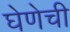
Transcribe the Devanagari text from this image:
घेणेची